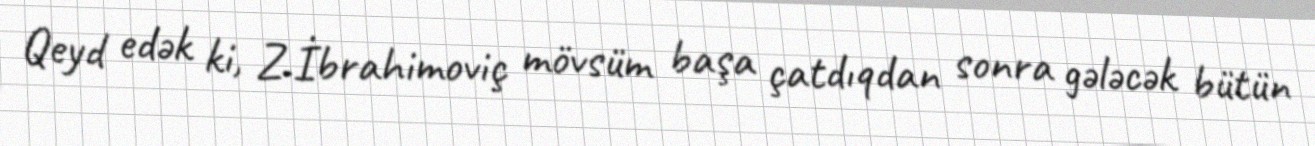
Qeyd edək ki, Z.İbrahimoviç mövsüm başa çatdıqdan sonra gələcək bütün